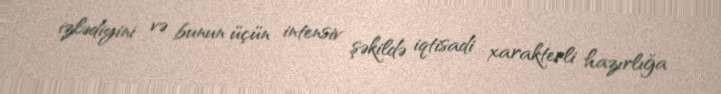
izlədiyini və bunun üçün intensiv şəkildə iqtisadi xarakterli hazırlığa